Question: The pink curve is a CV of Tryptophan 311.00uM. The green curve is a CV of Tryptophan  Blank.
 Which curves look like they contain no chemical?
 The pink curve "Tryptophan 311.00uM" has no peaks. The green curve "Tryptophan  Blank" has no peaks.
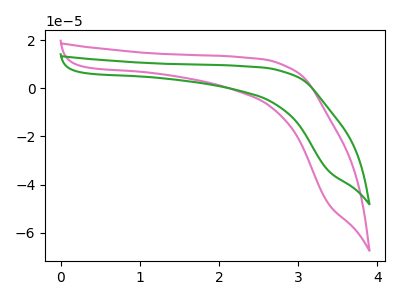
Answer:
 <answer>"Tryptophan 311.00uM" and "Tryptophan  Blank" are likely to be blanks.</answer>
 <eval>"Tryptophan 311.00uM", "Tryptophan  Blank"</eval>